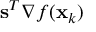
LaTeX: \mathbf { s } ^ { T } \nabla f ( \mathbf { x } _ { k } )